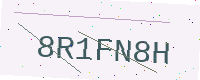
Text: 8R1FN8H